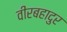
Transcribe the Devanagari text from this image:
वीरबहादुर